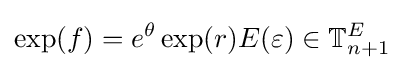
\exp(f)=e^{\theta }\exp(r)E(\varepsilon )\in \mathbb {T} _{n+1}^{E}